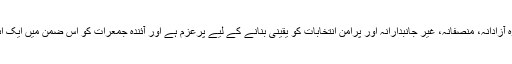
الیکشن کمیشن کا کہنا ہے کہ وہ آزادانہ، منصفانہ، غیر جانبدارانہ اور پرامن انتخابات کو یقینی بنانے کے لیے پرعزم ہے اور آئندہ جمعرات کو اس ضمن میں ایک اہم اجلاس بھی طلب کیا گیا ہے۔